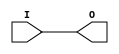
/*###########################################################################
 *#An I/O clock buffer
 *########################################################################### 
 * 
 * BUIOs can drive:
 * -a single I/O clock network in the same region/bank
 * 
 * BUIOs can be driven by:
 * -SRCCs and MRCCs in the same clock region
 * -MRCCs in an adjacent clock region using BUFMRs
 * -MMCMs clock outputs 0-3 driving the HPC in the same clock region
 *
 * 
 * Input to Output Delay (Zynq7010/7020): 1.61/1.32/1.16 (-1/-2/-3 grade) 
 * 
 * 
 */ 


module BUFIO (/*AUTOARG*/
   // Outputs
   O,
   // Inputs
   I
   );

   output O;
   input  I;
    
   assign O=I;
     
endmodule